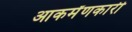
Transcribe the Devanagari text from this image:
आकर्मंणकारी